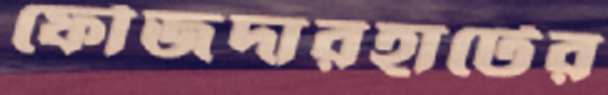
ফৌজদারহাটের